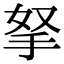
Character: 拏